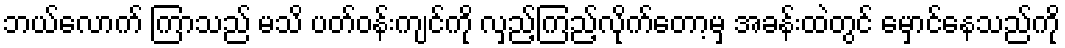
ဘယ်လောက် ကြာသည် မသိ ပတ်ဝန်းကျင်ကို လှည့်ကြည့်လိုက်တော့မှ အခန်းထဲတွင် မှောင်နေသည်ကို